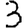
Digit: 3